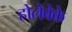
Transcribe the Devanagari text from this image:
होलेबेके